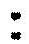
: